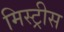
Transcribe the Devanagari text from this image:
मिस्ट्रीस